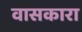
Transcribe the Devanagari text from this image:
वासकारा